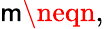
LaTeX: \mathsf{m}\neqn,